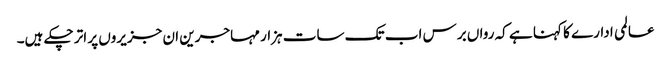
عالمی ادارے کا کہنا ہے کہ رواں برس اب تک سات ہزار مہاجرین ان جزیروں پر اتر چکے ہیں۔